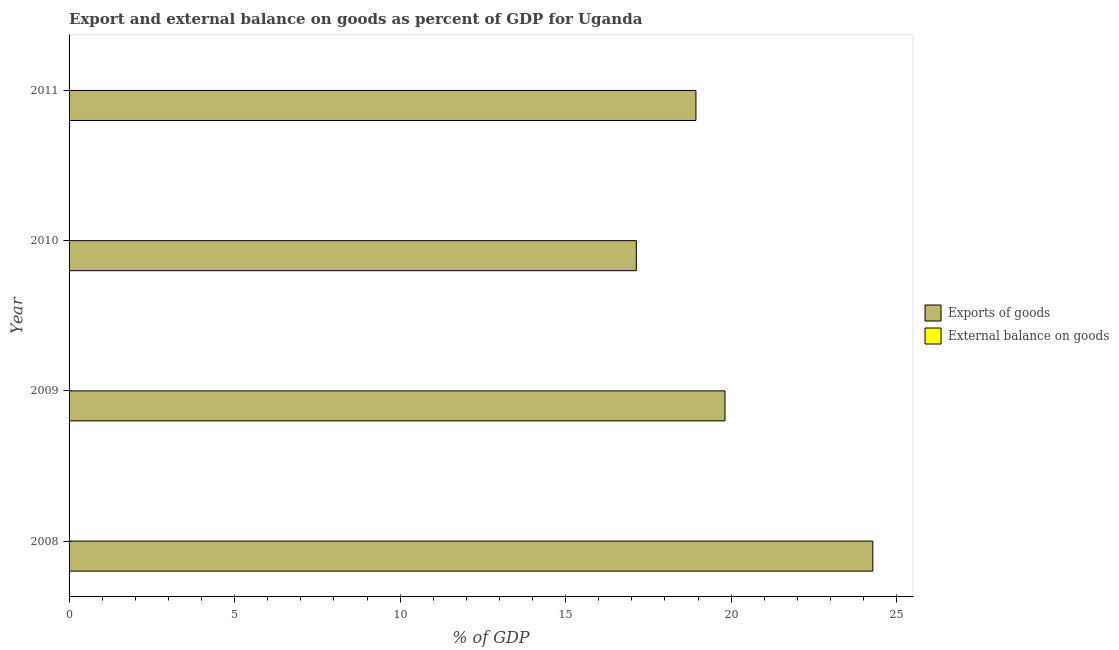
| Year | Exports of goods | External balance on goods |
 | --- | --- | --- |
 | 2008 | 24.3 | -7.7 |
 | 2009 | 19.8 | -10.1 |
 | 2010 | 17.1 | -11.5 |
 | 2011 | 18.9 | -14.8 |